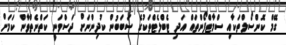
ގޭމް ކޮންސޯލްތަކާއި ސްމާޓްފޯންތައް އަދި ޓެބްލެޓްތަކުގެ ސަބަބުން ކުދިންނަށް ދަސްވަނީ ކަތްނެތްވާން ކަމަށް